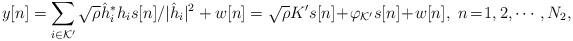
LaTeX: \begin{align*}y[n] = \sum_{i\in\mathcal{K}'}\sqrt{\rho} \hat{h}_i^*h_is[n]/|\hat{h}_i|^2+w[n]=\sqrt{\rho}K's[n]\!+\!\varphi_{\mathcal{K}'}s[n]\!+\!w[n],\ n\!=\!1,2,\cdots,N_2,\end{align*}